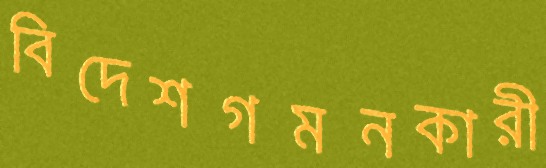
বিদেশগমনকারী